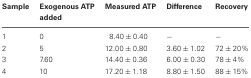
<table><thead><tr><td><b>Sample</b></td><td><b>Exogenous ATP added</b></td><td><b>Measured ATP</b></td><td><b>Difference</b></td><td><b>Recovery</b></td></tr></thead><tbody><tr><td>1</td><td>0</td><td>8.40 ± 0.40</td><td>−</td><td>−</td></tr><tr><td>2</td><td>5</td><td>12.00 ± 0.80</td><td>3.60 ± 1.02</td><td>72 ± 20%</td></tr><tr><td>3</td><td>7.60</td><td>14.40 ± 0.36</td><td>6.00 ± 0.30</td><td>78 ± 4%</td></tr><tr><td>4</td><td>10</td><td>17.20 ± 1.18</td><td>8.80 ± 1.50</td><td>88 ± 15%</td></tr></tbody></table>